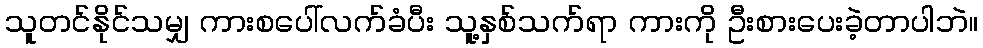
သူတင်နိုင်သမျှ ကားစပေါ်လက်ခံပီး သူ့နှစ်သက်ရာ ကားကို ဦးစားပေးခဲ့တာပါဘဲ။